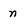
Character: n